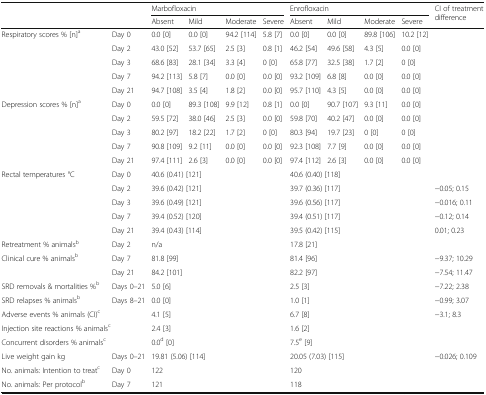
<table><thead><tr><td rowspan="2"></td><td rowspan="2"></td><td colspan="4"><b>Marbofloxacin</b></td><td colspan="4"><b>Enrofloxacin</b></td><td rowspan="2"><b>CI of treatment difference</b></td></tr><tr><td><b>Absent</b></td><td><b>Mild</b></td><td><b>Moderate</b></td><td><b>Severe</b></td><td><b>Absent</b></td><td><b>Mild</b></td><td><b>Moderate</b></td><td><b>Severe</b></td></tr></thead><tbody><tr><td>Respiratory scores % [n]<sup>a</sup></td><td>Day 0</td><td>0.0 [0]</td><td>0.0 [0]</td><td>94.2 [114]</td><td>5.8 [7]</td><td>0.0 [0]</td><td>0.0 [0]</td><td>89.8 [106]</td><td>10.2 [12]</td><td></td></tr><tr><td></td><td>Day 2</td><td>43.0 [52]</td><td>53.7 [65]</td><td>2.5 [3]</td><td>0.8 [1]</td><td>46.2 [54]</td><td>49.6 [58]</td><td>4.3 [5]</td><td>0.0 [0]</td><td></td></tr><tr><td></td><td>Day 3</td><td>68.6 [83]</td><td>28.1 [34]</td><td>3.3 [4]</td><td>0 [0]</td><td>65.8 [77]</td><td>32.5 [38]</td><td>1.7 [2]</td><td>0 [0]</td><td></td></tr><tr><td></td><td>Day 7</td><td>94.2 [113]</td><td>5.8 [7]</td><td>0.0 [0]</td><td>0.0 [0]</td><td>93.2 [109]</td><td>6.8 [8]</td><td>0.0 [0]</td><td>0.0 [0]</td><td></td></tr><tr><td></td><td>Day 21</td><td>94.7 [108]</td><td>3.5 [4]</td><td>1.8 [2]</td><td>0.0 [0]</td><td>95.7 [110]</td><td>4.3 [5]</td><td>0.0 [0]</td><td>0.0 [0]</td><td></td></tr><tr><td>Depression scores % [n]<sup>a</sup></td><td>Day 0</td><td>0.0 [0]</td><td>89.3 [108]</td><td>9.9 [12]</td><td>0.8 [1]</td><td>0.0 [0]</td><td>90.7 [107]</td><td>9.3 [11]</td><td>0.0 [0]</td><td></td></tr><tr><td></td><td>Day 2</td><td>59.5 [72]</td><td>38.0 [46]</td><td>2.5 [3]</td><td>0.0 [0]</td><td>59.8 [70]</td><td>40.2 [47]</td><td>0.0 [0]</td><td>0.0 [0]</td><td></td></tr><tr><td></td><td>Day 3</td><td>80.2 [97]</td><td>18.2 [22]</td><td>1.7 [2]</td><td>0 [0]</td><td>80.3 [94]</td><td>19.7 [23]</td><td>0 [0]</td><td>0 [0]</td><td></td></tr><tr><td></td><td>Day 7</td><td>90.8 [109]</td><td>9.2 [11]</td><td>0.0 [0]</td><td>0.0 [0]</td><td>92.3 [108]</td><td>7.7 [9]</td><td>0.0 [0]</td><td>0.0 [0]</td><td></td></tr><tr><td></td><td>Day 21</td><td>97.4 [111]</td><td>2.6 [3]</td><td>0.0 [0]</td><td>0.0 [0]</td><td>97.4 [112]</td><td>2.6 [3]</td><td>0.0 [0]</td><td>0.0 [0]</td><td></td></tr><tr><td>Rectal temperatures °C</td><td>Day 0</td><td colspan="4">40.6 (0.41) [121]</td><td colspan="4">40.6 (0.40) [118]</td><td></td></tr><tr><td></td><td>Day 2</td><td colspan="4">39.6 (0.42) [121]</td><td colspan="4">39.7 (0.36) [117]</td><td>−0.05; 0.15</td></tr><tr><td></td><td>Day 3</td><td colspan="4">39.6 (0.49) [121]</td><td colspan="4">39.6 (0.56) [117]</td><td>−0.016; 0.11</td></tr><tr><td></td><td>Day 7</td><td colspan="4">39.4 (0.52) [120]</td><td colspan="4">39.4 (0.51) [117]</td><td>−0.12; 0.14</td></tr><tr><td></td><td>Day 21</td><td colspan="4">39.4 (0.43) [114]</td><td colspan="4">39.5 (0.42) [115]</td><td>0.01; 0.23</td></tr><tr><td>Retreatment % animals<sup>b</sup></td><td>Day 2</td><td colspan="4">n/a</td><td colspan="4">17.8 [21]</td><td></td></tr><tr><td>Clinical cure % animals<sup>b</sup></td><td>Day 7</td><td colspan="4">81.8 [99]</td><td colspan="4">81.4 [96]</td><td>−9.37; 10.29</td></tr><tr><td></td><td>Day 21</td><td colspan="4">84.2 [101]</td><td colspan="4">82.2 [97]</td><td>−7.54; 11.47</td></tr><tr><td>SRD removals &amp; mortalities %<sup>b</sup></td><td>Days 0–21</td><td colspan="4">5.0 [6]</td><td colspan="4">2.5 [3]</td><td>−7.22; 2.38</td></tr><tr><td>SRD relapses % animals<sup>b</sup></td><td>Days 8–21</td><td colspan="4">0.0 [0]</td><td colspan="4">1.0 [1]</td><td>−0.99; 3.07</td></tr><tr><td>Adverse events % animals (CI)<sup>c</sup></td><td></td><td colspan="4">4.1 [5]</td><td colspan="4">6.7 [8]</td><td>−3.1; 8.3</td></tr><tr><td colspan="2">Injection site reactions % animals<sup>c</sup></td><td colspan="4">2.4 [3]</td><td colspan="4">1.6 [2]</td><td></td></tr><tr><td>Concurrent disorders % animals<sup>c</sup></td><td></td><td colspan="4">0.0<sup>d</sup> [0]</td><td colspan="4">7.5<sup>e</sup> [9]</td><td></td></tr><tr><td>Live weight gain kg</td><td>Days 0–21</td><td colspan="4">19.81 (5.06) [114]</td><td colspan="4">20.05 (7.03) [115]</td><td>−0.026; 0.109</td></tr><tr><td>No. animals: Intention to treat<sup>c</sup></td><td>Day 0</td><td colspan="4">122</td><td colspan="4">120</td><td></td></tr><tr><td>No. animals: Per protocol<sup>b</sup></td><td>Day 7</td><td colspan="4">121</td><td colspan="4">118</td><td></td></tr></tbody></table>